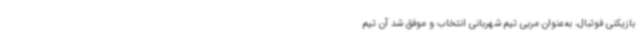
بازیکنی فوتبال، به‌عنوان مربی تیم شهربانی انتخاب و موفق شد آن تیم